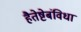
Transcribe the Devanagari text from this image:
हैतेष्टेबंविधा